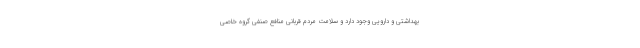
بهداشتی و دارویی وجود دارد و سلامت مردم قربانی منافع صنفی گروه خاصی